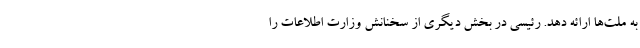
به ملت‌ها ارائه دهد. رئیسی در بخش دیگری از سخنانش وزارت اطلاعات را